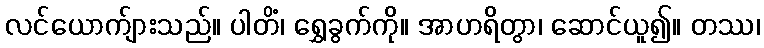
လင်ယောက်ျားသည်။ ပါတိံ၊ ရွှေခွက်ကို။ အာဟရိတွာ၊ ဆောင်ယူ၍။ တဿ၊